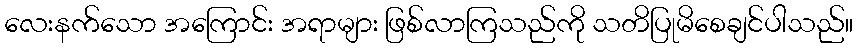
လေးနက်သော အကြောင်း အရာများ ဖြစ်လာကြသည်ကို သတိပြုမိစေချင်ပါသည်။